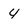
Character: 4